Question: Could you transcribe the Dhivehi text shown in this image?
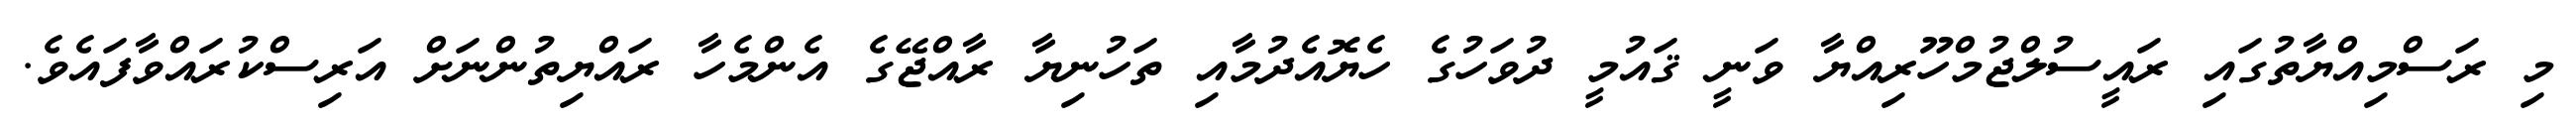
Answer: މި ރަސްމިއްޔާތުގައި ރައީސުލްޖުމްހޫރިއްޔާ ވަނީ ޤައުމީ ދުވަހުގެ ހެޔޮއެދުމާއި ތަހުނިޔާ ރާއްޖޭގެ އެންމެހާ ރައްޔިތުންނަށް އަރިސްކުރައްވާފައެވެ.